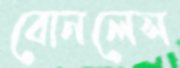
বোনলেস